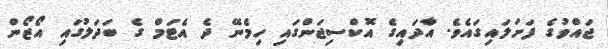
ޖައްވުގެ ފަށަލައިގައެވެ. އާދައިގެ އޮކްސިޖަންގައި ހިމެނޭ ދެ އެޓަމް ގެ ބަދަލުގައި އޯޒޯން